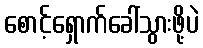
စောင့်ရှောက်ခေါ်သွားဖို့ပဲ